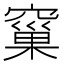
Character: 窼